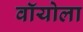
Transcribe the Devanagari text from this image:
वॉयोला